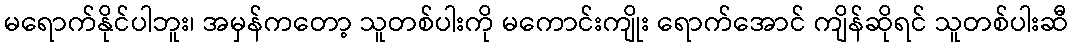
မရောက်နိုင်ပါဘူး၊ အမှန်ကတော့ သူတစ်ပါးကို မကောင်းကျိုး ရောက်အောင် ကျိန်ဆိုရင် သူတစ်ပါးဆီ